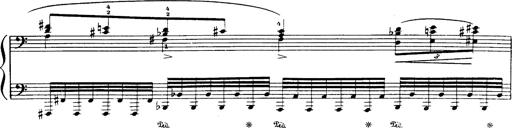
Title: Danza sacra e duetto finale dâ€™Aida
Composer: Franz Liszt